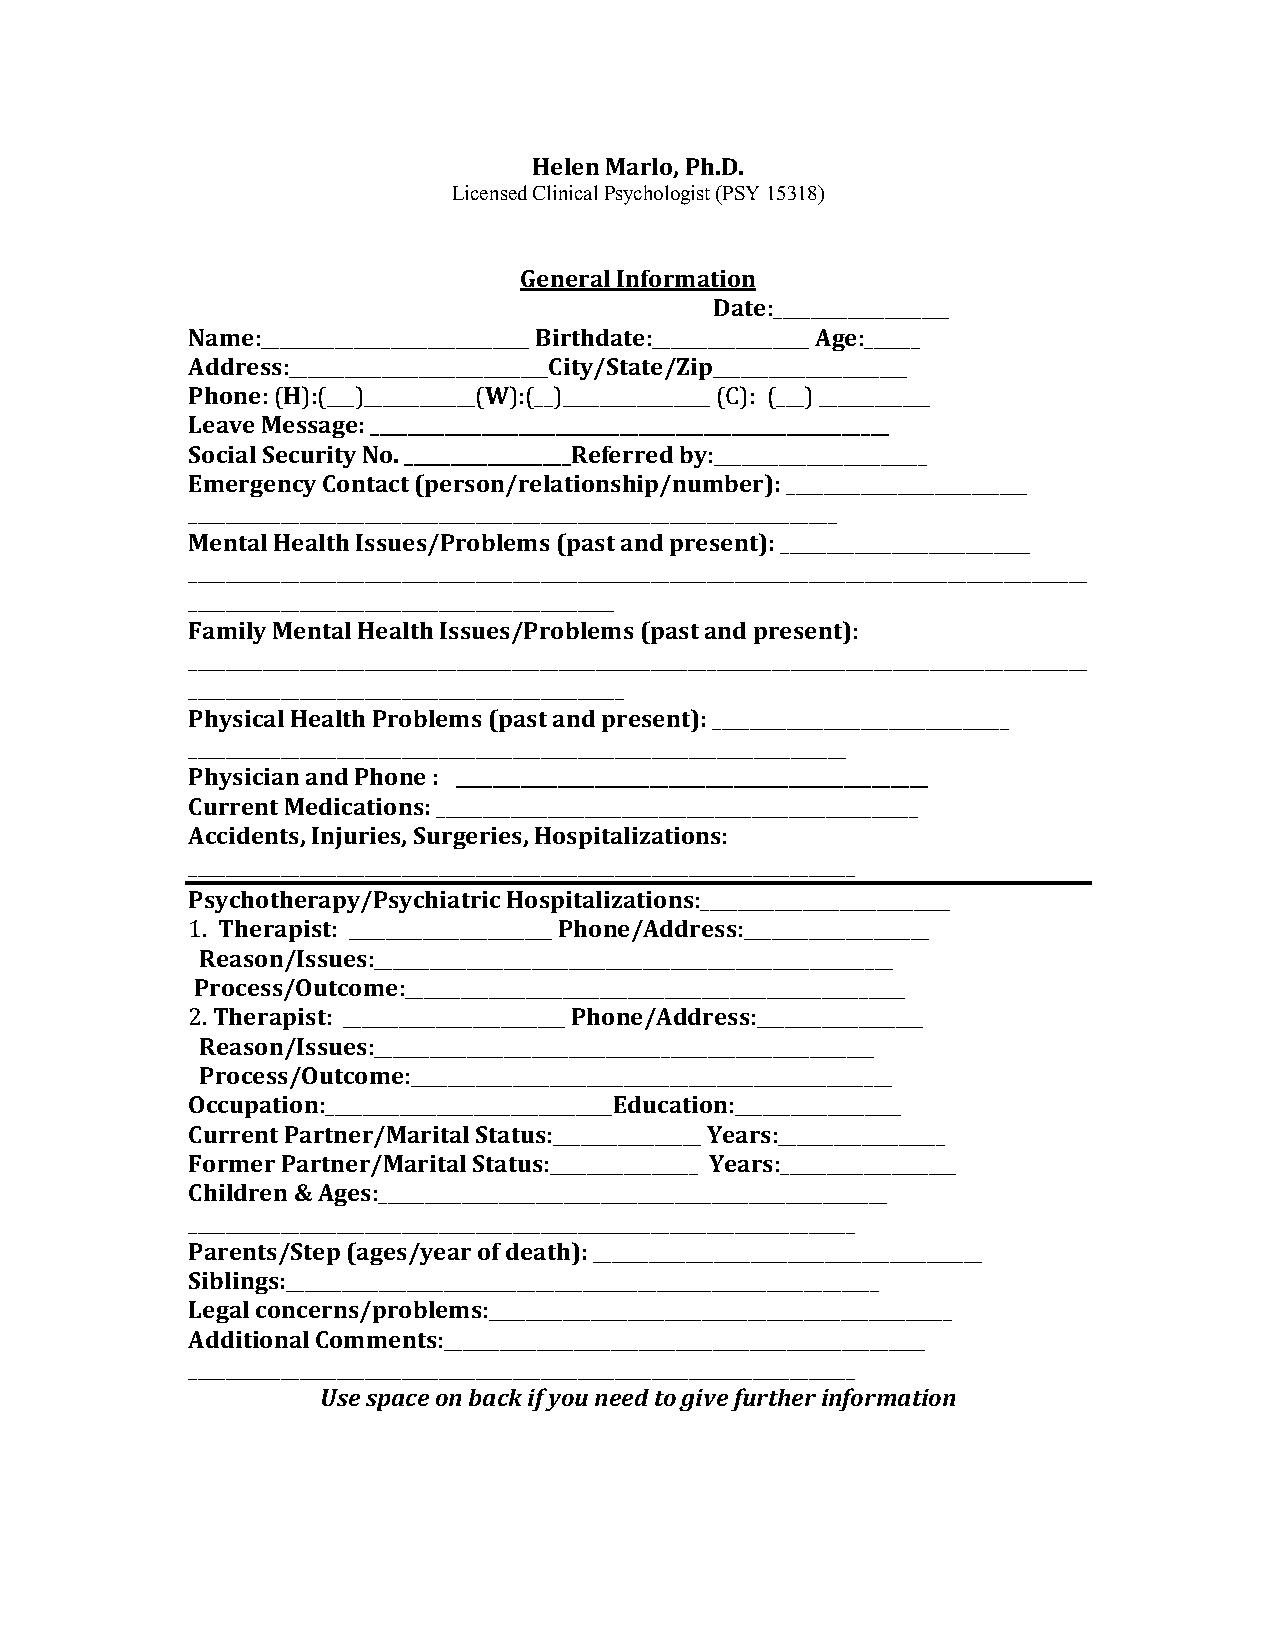
Helen Marlo, Ph.D.
 Licensed Clinical Psychologist (PSY 15318)
 General Information
 Date:___________________
 Name:_____________________________ Birthdate:_________________ Age:______
 Address:____________________________City/State/Zip_____________________
 Phone: (H):(___)____________(W):(__)________________ (C): (___) ____________
 Leave Message: ________________________________________________________
 Social Security No. __________________Referred by:_______________________
 Emergency Contact (person/relationship/number): __________________________
 ______________________________________________________________________
 Mental Health Issues/Problems (past and present): ___________________________
 _________________________________________________________________________________________________
 ______________________________________________
 Family Mental Health Issues/Problems (past and present):
 _________________________________________________________________________________________________
 _______________________________________________
 Physical Health Problems (past and present): ________________________________
 _______________________________________________________________________
 Physician and Phone : ___________________________________________________
 Current Medications: ____________________________________________________
 Accidents, Injuries, Surgeries, Hospitalizations:
 ________________________________________________________________________
 Psychotherapy/Psychiatric Hospitalizations:___________________________
 1. Therapist: ______________________ Phone/Address:____________________
 Reason/Issues:________________________________________________________
 Process/Outcome:______________________________________________________
 2. Therapist: ________________________ Phone/Address:__________________
 Reason/Issues:______________________________________________________
 Process/Outcome:____________________________________________________
 Occupation:_______________________________Education:__________________
 Current Partner/Marital Status:________________ Years:__________________
 Former Partner/Marital Status:________________ Years:___________________
 Children & Ages:_______________________________________________________
 ________________________________________________________________________
 Parents/Step (ages/year of death): __________________________________________
 Siblings:________________________________________________________________
 Legal concerns/problems:__________________________________________________
 Additional Comments:____________________________________________________
 ________________________________________________________________________
 Use space on back if you need to give further information